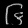
Digit: ၆